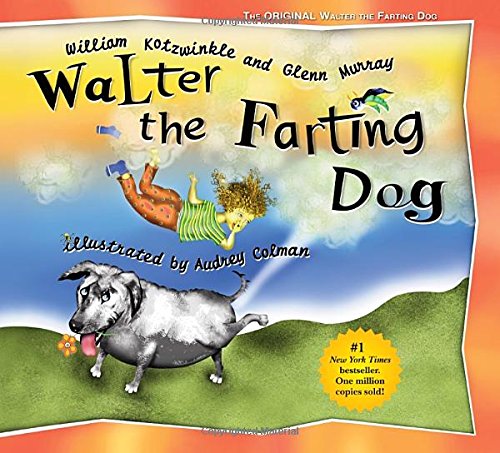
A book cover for Walter the Farting Dog; William Kotzwinkle; Children's Books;